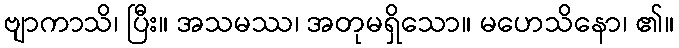
ဗျာကာသိ၊ ပြီး။ အသမဿ၊ အတုမရှိသော။ မဟေသိနော၊ ၏။